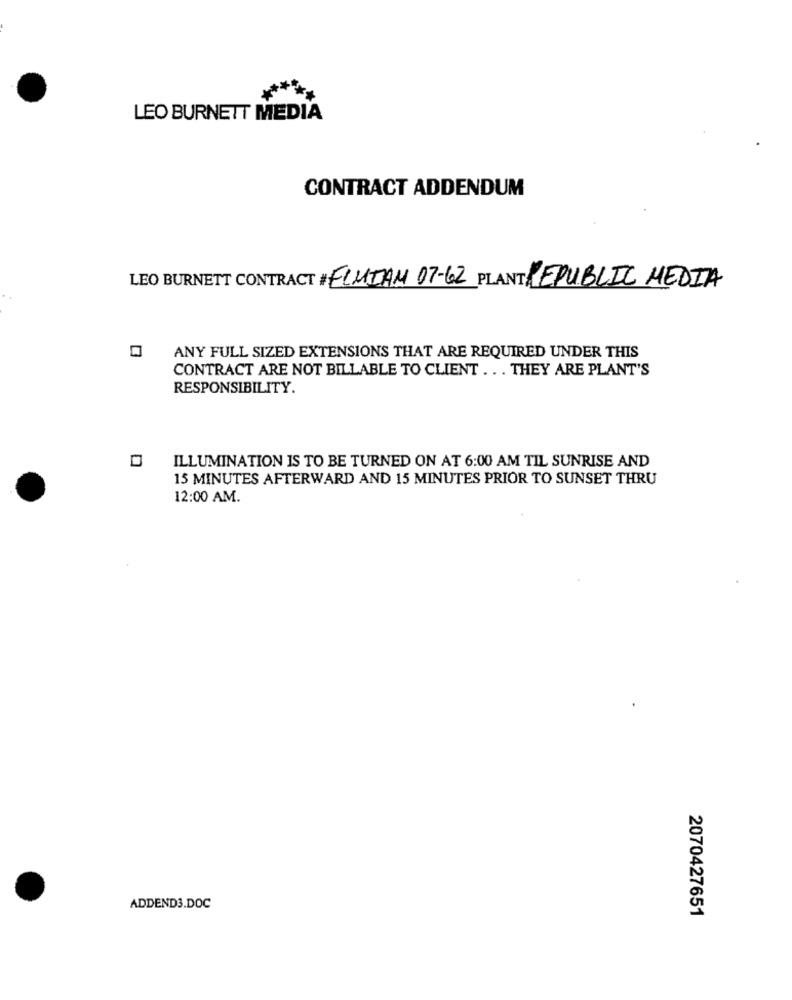
LEO BURNETT MEDIA
CONTRACT ADDENDUM
LEO BURNETT CONTRACT # ELMIAM 07-62 PLANT REPUBLIC MEDIA
ANY FULL SIZED EXTENSIONS THAT ARE REQUIRED UNDER THIS
CONTRACT ARE NOT BILLABLE TO CLIENT .. . THEY ARE PLANT'S
RESPONSIBILITY.
ILLUMINATION IS TO BE TURNED ON AT 6:00 AM TIL SUNRISE AND
15 MINUTES AFTERWARD AND 15 MINUTES PRIOR TO SUNSET THRU
12:00 AM.
ADDEND3.DOC
2070427651